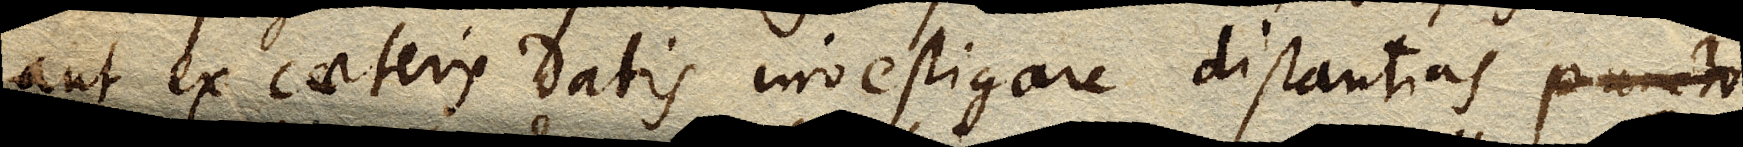
aut ex caeteris datis investigare distantias puncto